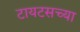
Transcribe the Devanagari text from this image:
टायटसच्या